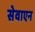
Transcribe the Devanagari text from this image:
सेवाएन